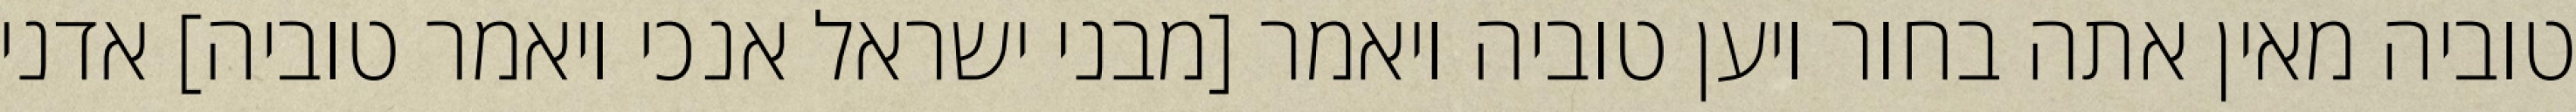
טוביה מאין אתה בחור ויען טוביה ויאמר [מבני ישראל אנכי ויאמר טוביה] אדני